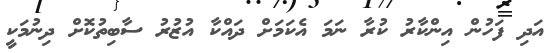
އަދި ފަހުން އިންކާރު ކުރާ ނަމަ އެކަމަށް ދައްކާ އުޒުރު ސާބިތުކޮށް ދިނުމަކީ